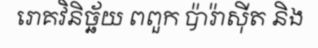
រោគវិនិច្ឆ័យ ពពួក ប៉ារ៉ាស៊ីត និង